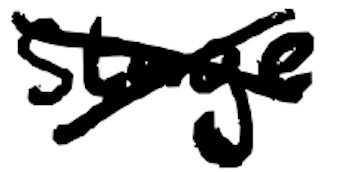
Text: stage
Cross-out: cross
Writing tool: digital_black